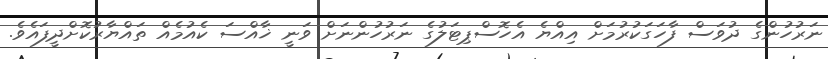
ނަރުހުންގެ ދުވަސް ފާހަގަކުރުމަށް އިއްޔެ އެހޮސްޕިޓަލުގެ ނަރުހުންނަށް ވަނީ ޚާއްސަ ކެއުމެއް ތައްޔާރުކޮށްދީފައެވެ.